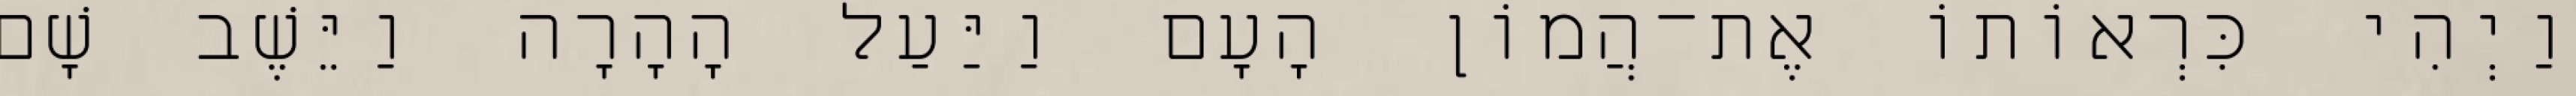
וַיְהִי כִּרְאוֹתוֹ אֶת־הֲמוֹן הָעָם וַיַּעַל הָהָרָה וַיֵּשֶׁב שָׁם